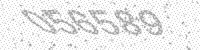
Solution: 056589